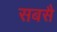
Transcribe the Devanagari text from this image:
सबसै